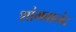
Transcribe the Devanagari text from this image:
शांभवानंद